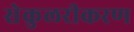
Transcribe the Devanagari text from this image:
सेकुलरीकरण